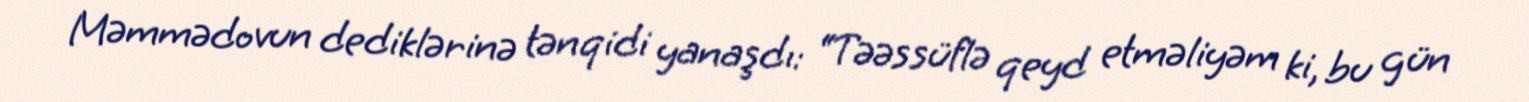
Məmmədovun dediklərinə tənqidi yanaşdı: “Təəssüflə qeyd etməliyəm ki, bu gün